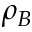
\rho _ { B }